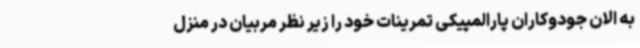
به الان جودوکاران پارالمپیکی تمرینات خود را زیر نظر مربیان در منزل